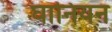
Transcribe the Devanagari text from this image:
घानियन